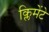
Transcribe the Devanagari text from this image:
क्लिमेंटे